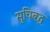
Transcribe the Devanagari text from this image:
सुचिबद्ध